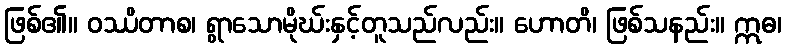
ဖြစ်၏။ ဝဿိတာစ၊ ရွာသောမိုဃ်းနှင့်တူသည်လည်း။ ဟောတိ၊ ဖြစ်သနည်း။ ဣဓ၊